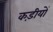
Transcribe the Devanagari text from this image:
कड़ीयों